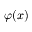
\varphi ( x )